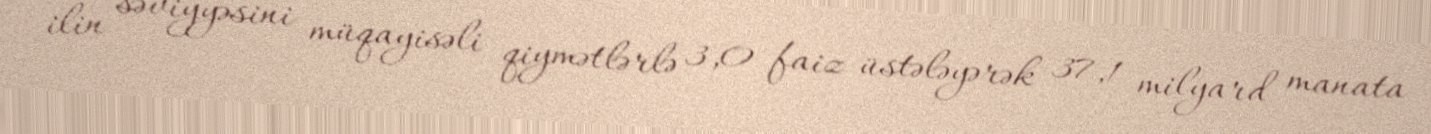
ilin səviyyəsini müqayisəli qiymətlərlə 3,0 faiz üstələyərək 37,1 milyard manata